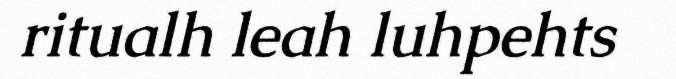
ritualh leah luhpehts